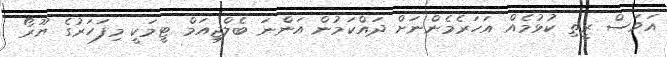
އަވަސް ރީތި ކުޅުމެއް އަހަރެމެންނަށް ދައްކަމުން އަންނަ ބެލްޖިއަމް ޓީމަކީ މިފަހަރުގެ ޔޫރޯ